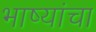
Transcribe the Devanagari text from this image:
भाष्यांचा